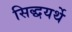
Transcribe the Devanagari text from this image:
सिद्धयर्थे